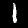
Digit: 1